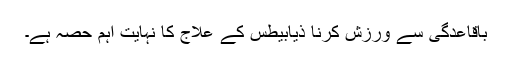
باقاعدگی سے ورزش کرنا ذیابیطس کے علاج کا نہایت اہم حصہ ہے۔